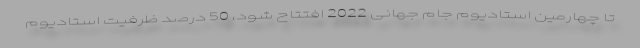
تا چهارمین استادیوم جام جهانی 2022 افتتاح شود، 50 درصد ظرفیت استادیوم